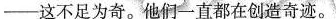
-这不足为奇.他们一直都在创造奇迹. ?